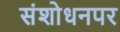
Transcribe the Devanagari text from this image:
संशाेधनपर